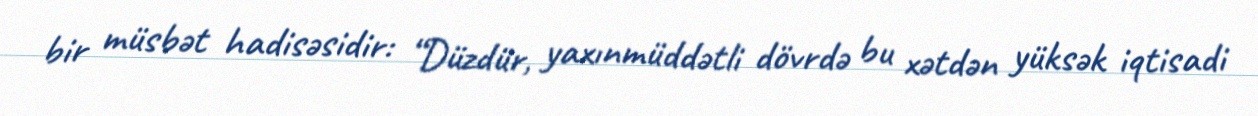
bir müsbət hadisəsidir: “Düzdür, yaxınmüddətli dövrdə bu xətdən yüksək iqtisadi